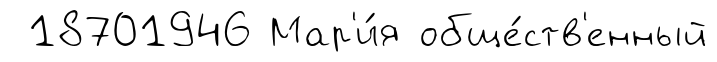
18701946 Мар'и́я обще́ств'енный